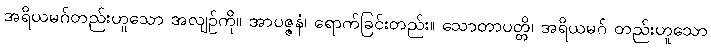
အရိယမဂ်တည်းဟူသော အလျဉ်ကို။ အာပဇ္ဇနံ၊ ရောက်ခြင်းတည်း။ သောတာပတ္တိ၊ အရိယမဂ် တည်းဟူသော